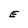
Character: E